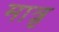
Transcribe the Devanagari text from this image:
मात्रृ